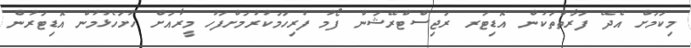
މިކަމަށް އެދޭ ފަރާތްތަކުން އޮޑިޓަރ ރަޖިސްޓްރޭޝަން ފޯމު ފުރިހަމަކުރުމަށްފަހު މީރާއަށް ހުށަހެޅުމުން އޮޑިޓަރުން